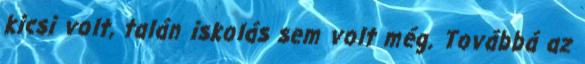
kicsi volt, talán iskolás sem volt még. Továbbá az